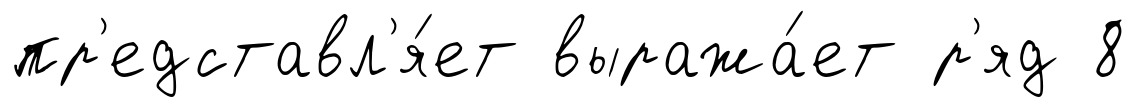
пр'едставл'я́ет выража́ет р'яд 8